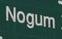
nogum